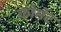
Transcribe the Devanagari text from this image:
कोमॅट